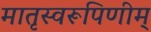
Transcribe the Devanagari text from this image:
मातृस्वरूपिणीम्